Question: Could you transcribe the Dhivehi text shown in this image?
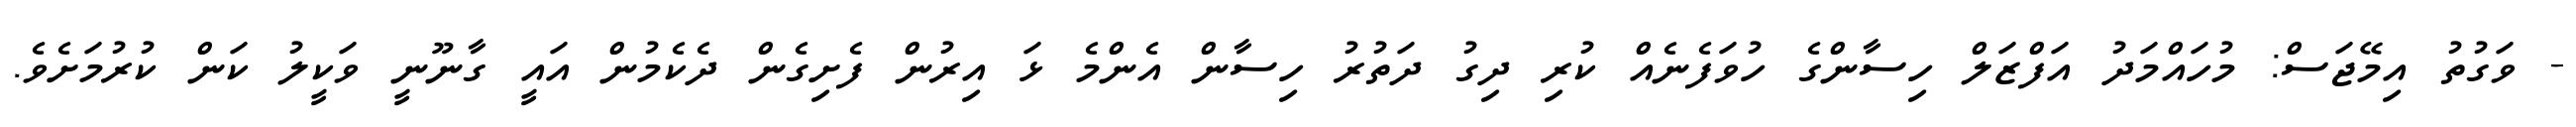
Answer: - ވަގުތު އިމޭޖަސް: މުހައްމަދު އަފްޒަލް ހިސާންގެ ހުވަފެނެއް ކުރި ދިގު ދަތުރު ހިސާން އެންމެ ޅަ އިރުން ފެށިގެން ދެކެމުން އައީ ގާނޫނީ ވަކީލު ކަން ކުރުމަށެވެ.